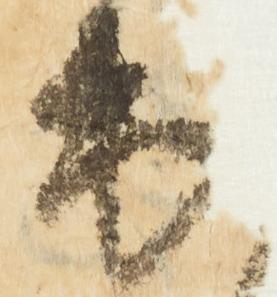
出